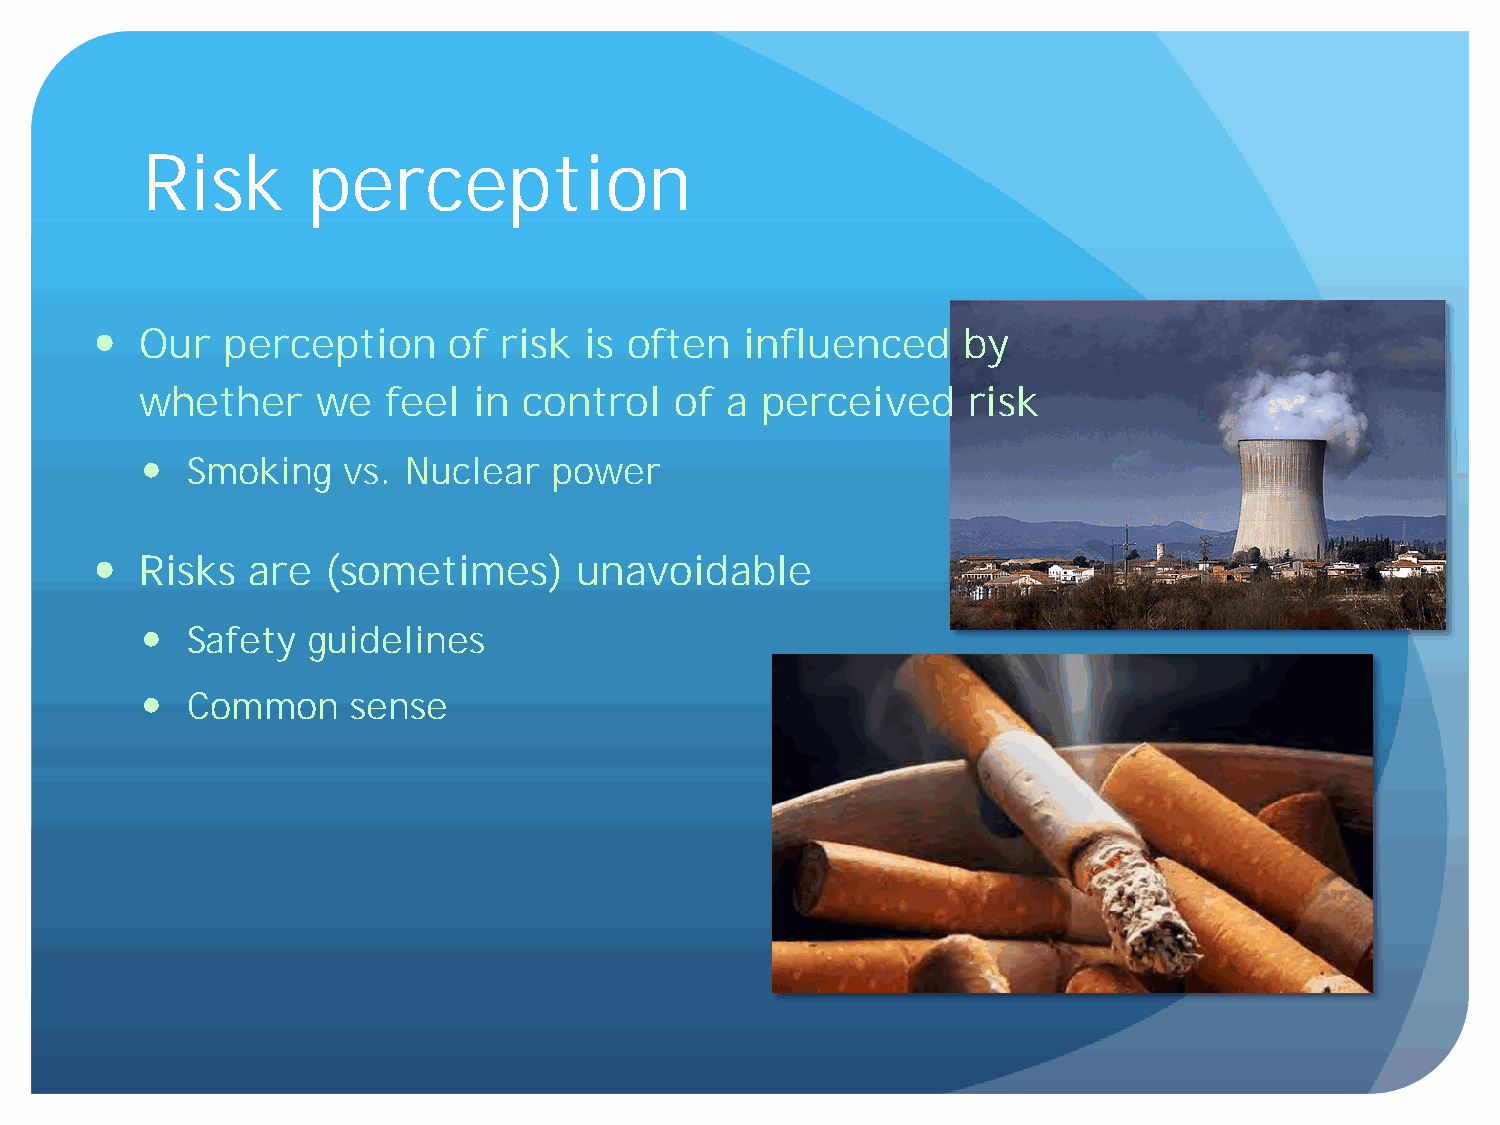
Risk       perception
  Our   perception     of risk  is often  influenced     by
 whether     we  feel  in  control   of a perceived     risk
  Smoking    vs. Nuclear  power
  Risks  are   (sometimes)     unavoidable
  Safety  guidelines
  Common     sense